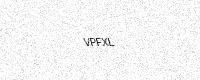
Text: VPFXL